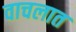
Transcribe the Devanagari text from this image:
वाचलात